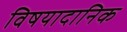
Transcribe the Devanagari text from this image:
विषयादानिक